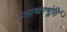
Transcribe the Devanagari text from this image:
आधरभूमि